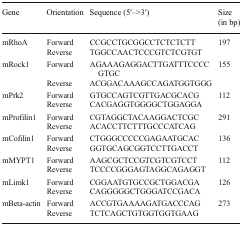
<table><thead><tr><td><b>Gene</b></td><td><b>Orientation</b></td><td><b>Sequence (5′–&gt;3′)</b></td><td><b>Size (in bp)</b></td></tr></thead><tbody><tr><td rowspan="2">mRhoA</td><td>Forward</td><td>CCGCCTGCGGCCTCTCTCTT</td><td rowspan="2">197</td></tr><tr><td>Reverse</td><td>TGGCCAACTCCCGTCTCGTGT</td></tr><tr><td rowspan="2">mRock1</td><td>Forward</td><td>AGAAAGAGGACTTGATTTCCCCGTGC</td><td rowspan="2">155</td></tr><tr><td>Reverse</td><td>ACGGACAAAGCCAGATGGTGGG</td></tr><tr><td rowspan="2">mPrk2</td><td>Forward</td><td>GTGCCAGTCGTTGACGCACG</td><td rowspan="2">112</td></tr><tr><td>Reverse</td><td>CACGAGGTGGGGCTGGAGGA</td></tr><tr><td rowspan="2">mProfilin1</td><td>Forward</td><td>CGTAGGCTACAAGGACTCGC</td><td rowspan="2">291</td></tr><tr><td>Reverse</td><td>ACACCTTCTTTGCCCATCAG</td></tr><tr><td rowspan="2">mCofilin1</td><td>Forward</td><td>CTGGGCCCCCGAGAATGCAC</td><td rowspan="2">136</td></tr><tr><td>Reverse</td><td>GGTGCAGCGGTCCTTGACCT</td></tr><tr><td rowspan="2">mMYPT1</td><td>Forward</td><td>AAGCGCTCCGTCGTCGTCCT</td><td rowspan="2">112</td></tr><tr><td>Reverse</td><td>TCCCCGGGAGTAGGCAGAGGT</td></tr><tr><td rowspan="2">mLimk1</td><td>Forward</td><td>CGGAATGTGCCGCTGGACGA</td><td rowspan="2">126</td></tr><tr><td>Reverse</td><td>CAGGGGGCTGGGATCCGACA</td></tr><tr><td rowspan="2">mBeta-actin</td><td>Forward</td><td>ACCGTGAAAAGATGACCCAG</td><td rowspan="2">273</td></tr><tr><td>Reverse</td><td>TCTCAGCTGTGGTGGTGAAG</td></tr></tbody></table>